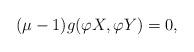
LaTeX: \begin{align*}(\mu-1)g(\varphi X,\varphi Y)=0,\end{align*}